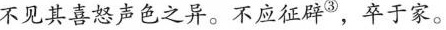
不见其喜怒声色之异。不应征辟^{③}，卒于家。